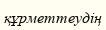
құрметтеудің